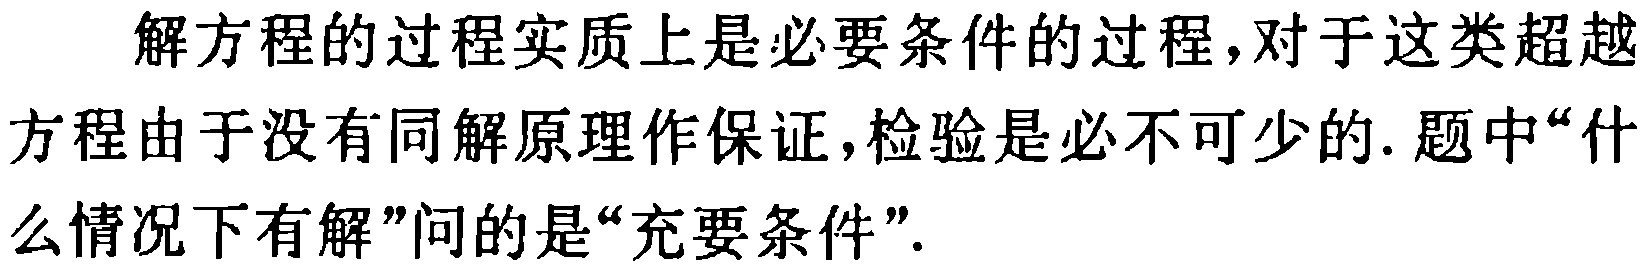
解方程的过程实质上是必要条件的过程,对于这类超越方程由于没有同解原理作保证,检验是必不可少的. 题中“什么情况下有解”问的是“充要条件”.